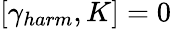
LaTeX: [\gamma_{harm},K]=0